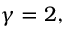
\gamma = 2 ,